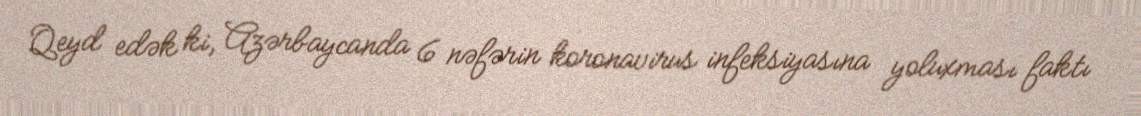
Qeyd edək ki, Azərbaycanda 6 nəfərin koronavirus infeksiyasına yoluxması faktı